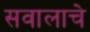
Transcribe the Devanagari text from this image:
सवालाचे